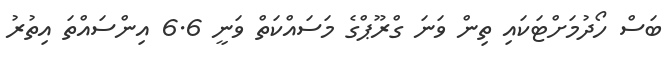
ބަސް ހޯދުމަށްޓަކައި ތިން ވަނަ ގްރޫޕްގެ މަސައްކަތް ވަނީ 6.6 އިންސައްތަ އިތުރު